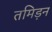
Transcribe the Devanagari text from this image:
तमिड़न